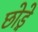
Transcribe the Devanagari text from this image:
छोड़े़